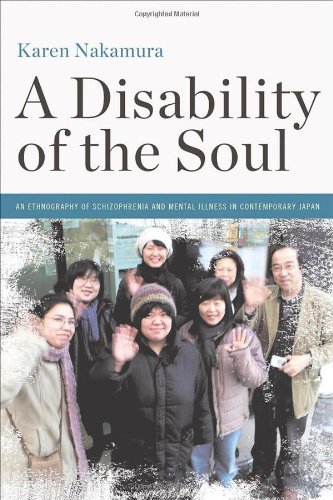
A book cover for A Disability of the Soul: An Ethnography of Schizophrenia and Mental Illness in Contemporary Japan [With CD (Audio)]; Karen Nakamura; Health, Fitness & Dieting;